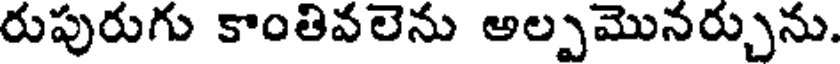
రుపురుగు కాంతివలెను అల్పమొనర్చును.